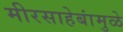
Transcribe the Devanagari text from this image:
मीरसाहेबांमुळे